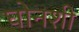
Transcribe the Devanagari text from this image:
घोनशी